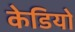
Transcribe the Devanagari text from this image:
केडियो